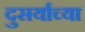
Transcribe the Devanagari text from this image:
दुसर्याच्या